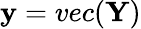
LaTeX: \mathbf{y}=vec(\mathbf{Y})